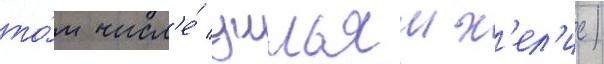
то́м числ'е́ уильям х'ел'ис)